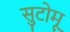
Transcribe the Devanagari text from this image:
सुटोमू